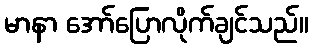
မာနာ အော်ပြောလိုက်ချင်သည်။